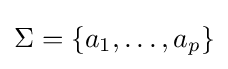
\Sigma =\{a_{1},\dots ,a_{p}\}